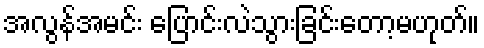
အလွန်အမင်း ပြောင်းလဲသွားခြင်းတော့မဟုတ်။